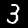
Label: 3